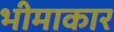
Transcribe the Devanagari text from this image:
भीमाकार